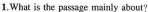
1. What is the passage mainly about?